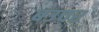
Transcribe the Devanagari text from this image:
बउचर